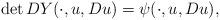
LaTeX: \begin{align*} \det DY(\cdot,u,Du) = \psi(\cdot,u,Du), \end{align*}